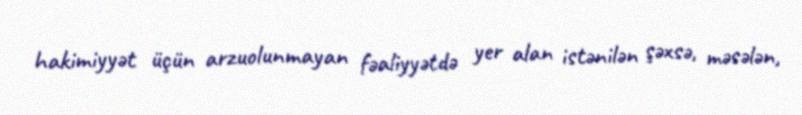
hakimiyyət üçün arzuolunmayan fəaliyyətdə yer alan istənilən şəxsə, məsələn,